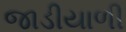
જાડીયાળી